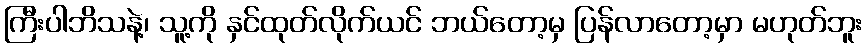
ကြီးပါဘိသနဲ့၊ သူ့ကို နှင်ထုတ်လိုက်ယင် ဘယ်တော့မှ ပြန်လာတော့မှာ မဟုတ်ဘူး